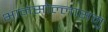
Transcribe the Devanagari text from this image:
भानसोल्लासमु